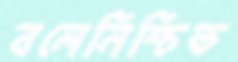
বলেনিশ্চিত